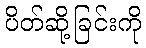
ပိတ်ဆို့ခြင်းကို